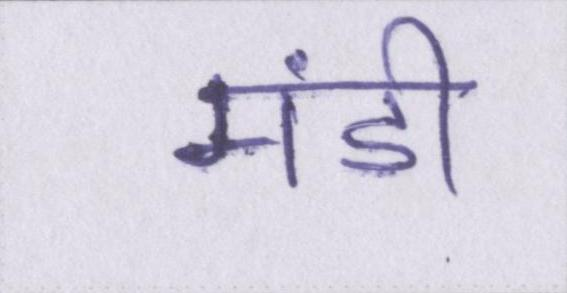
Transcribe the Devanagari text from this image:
मंडी